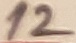
Text: 12